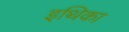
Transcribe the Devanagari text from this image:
इथिका